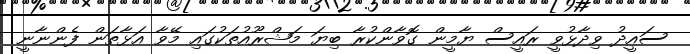
ސައީދު ވިދާޅުވީ ރައީސް ޔާމީން ގޮވާންކުރާ ބިޔަ މަޝްރޫއުތަކުގައި މޭވާ އަޅާތަން ފެންނާނީ